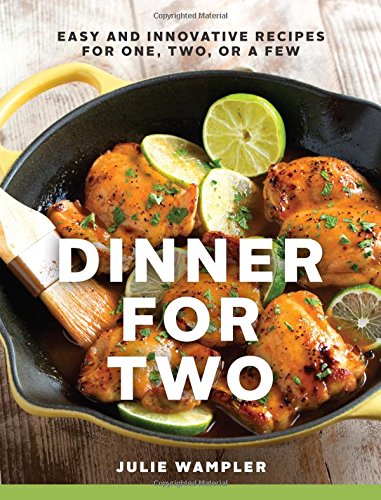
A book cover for Dinner for Two: Easy and Innovative Recipes for One, Two, or a Few; Julie Wampler; Cookbooks, Food & Wine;